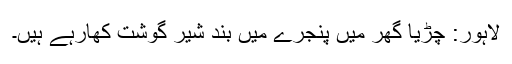
لاہور: چڑیا گھر میں پنجرے میں بند شیر گوشت کھارہے ہیں۔